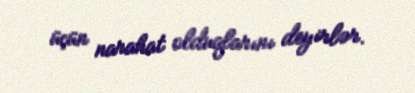
üçün narahat olduqlarını deyirlər.